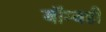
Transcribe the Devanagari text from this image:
बॉम्बही